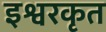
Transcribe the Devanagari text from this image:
इश्वरकृत